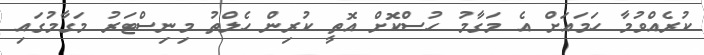
ކުރެއްވުމާ ހަމައަށް އެ މަގާމު ހުސްކޮށް އޮތީ ކުރިން ހެލްތު މިނިސްޓަރު މަގާމުގައި